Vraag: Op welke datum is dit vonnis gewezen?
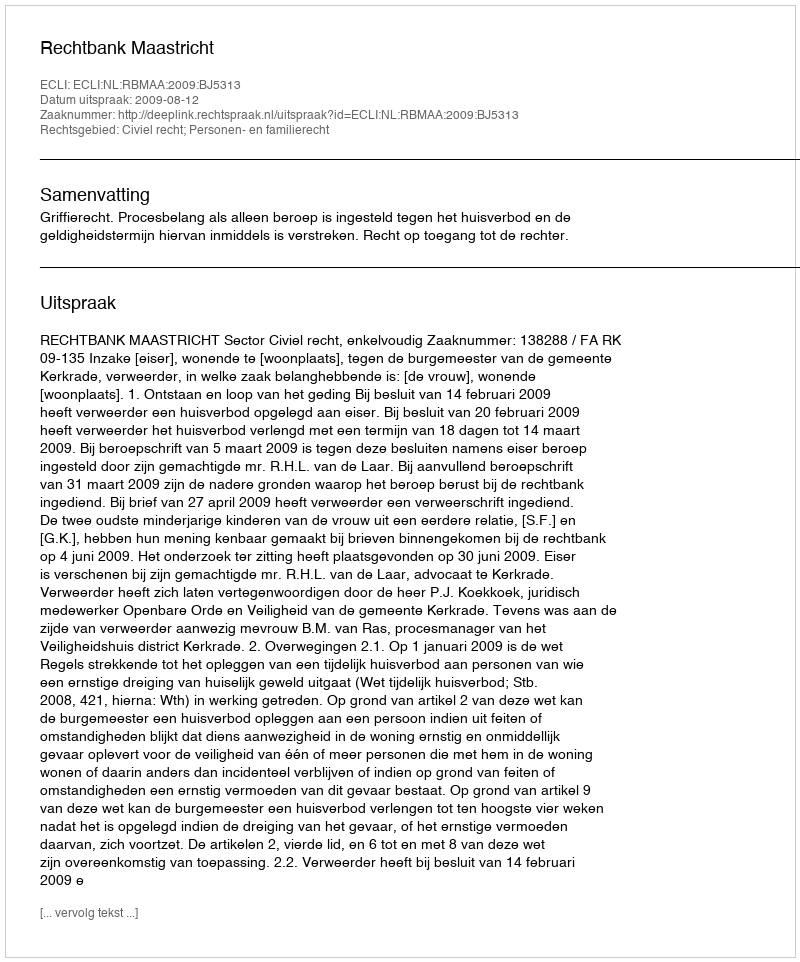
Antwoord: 2009-08-12